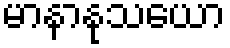
မာနာနုသယော